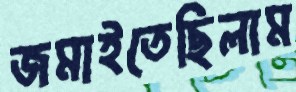
জমাইতেছিলাম